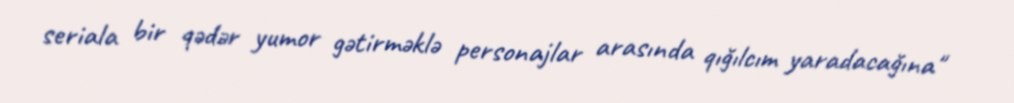
seriala bir qədər yumor gətirməklə personajlar arasında qığılcım yaradacağına"